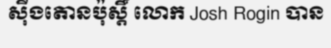
ស៊ីងតោនប៉ុស្តិ៍ លោក Josh Rogin បាន